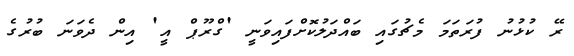
ރޭ ކުޅުނު ފުރަތަމަ މެޗުގައި ބައްދަލުކޮށްފައިވަނީ 'ގްރޫޕް އީ' އިން ދެވަނަ ބުރުގެ